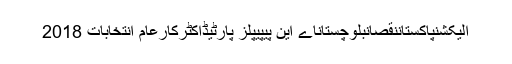
الیکشنپاکستاننقصانبلوچستاناے این پیپیپلز پارٹیڈاکٹرکارعام انتخابات 2018